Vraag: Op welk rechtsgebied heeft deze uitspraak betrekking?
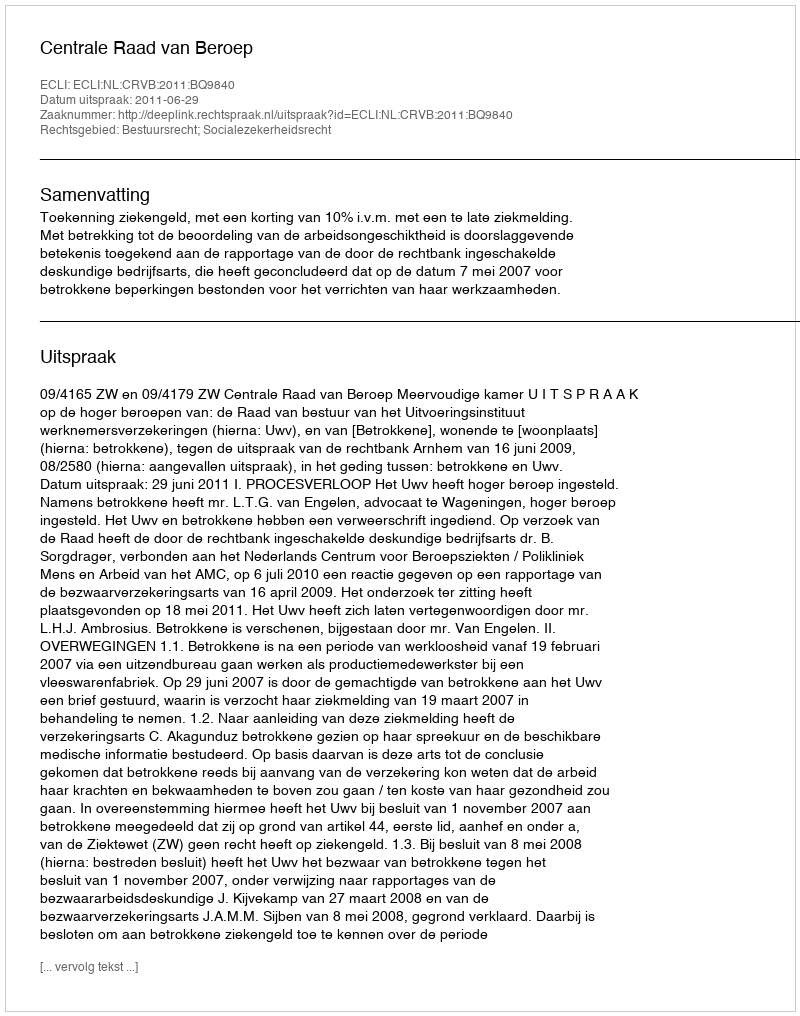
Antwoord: Bestuursrecht; Socialezekerheidsrecht